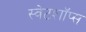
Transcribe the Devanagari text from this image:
स्वेटशॉप्स